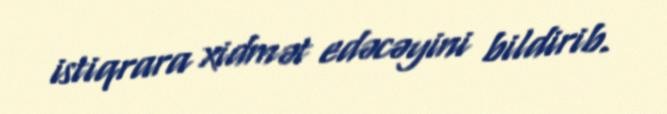
istiqrara xidmət edəcəyini bildirib.